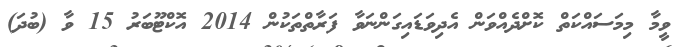
ވީމާ މިމަސައްކަތް ކޮށްދެއްވަން އެދިވަޑައިގަންނަވާ ފަރާތްތަކުން 2014 އޮކްޓޫބަރު 15 ވާ (ބުދަ)